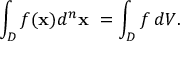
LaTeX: \int _ { D } f ( \mathbf { x } ) d ^ { n } \mathbf { x } \ = \int _ { D } f \, d V .